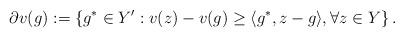
LaTeX: \begin{align*}\partial v(g):= \left\{ g^*\in Y' : v(z) - v(g)\geq \langle g^*, z - g\rangle, \forall z\in Y\right\}.\end{align*}